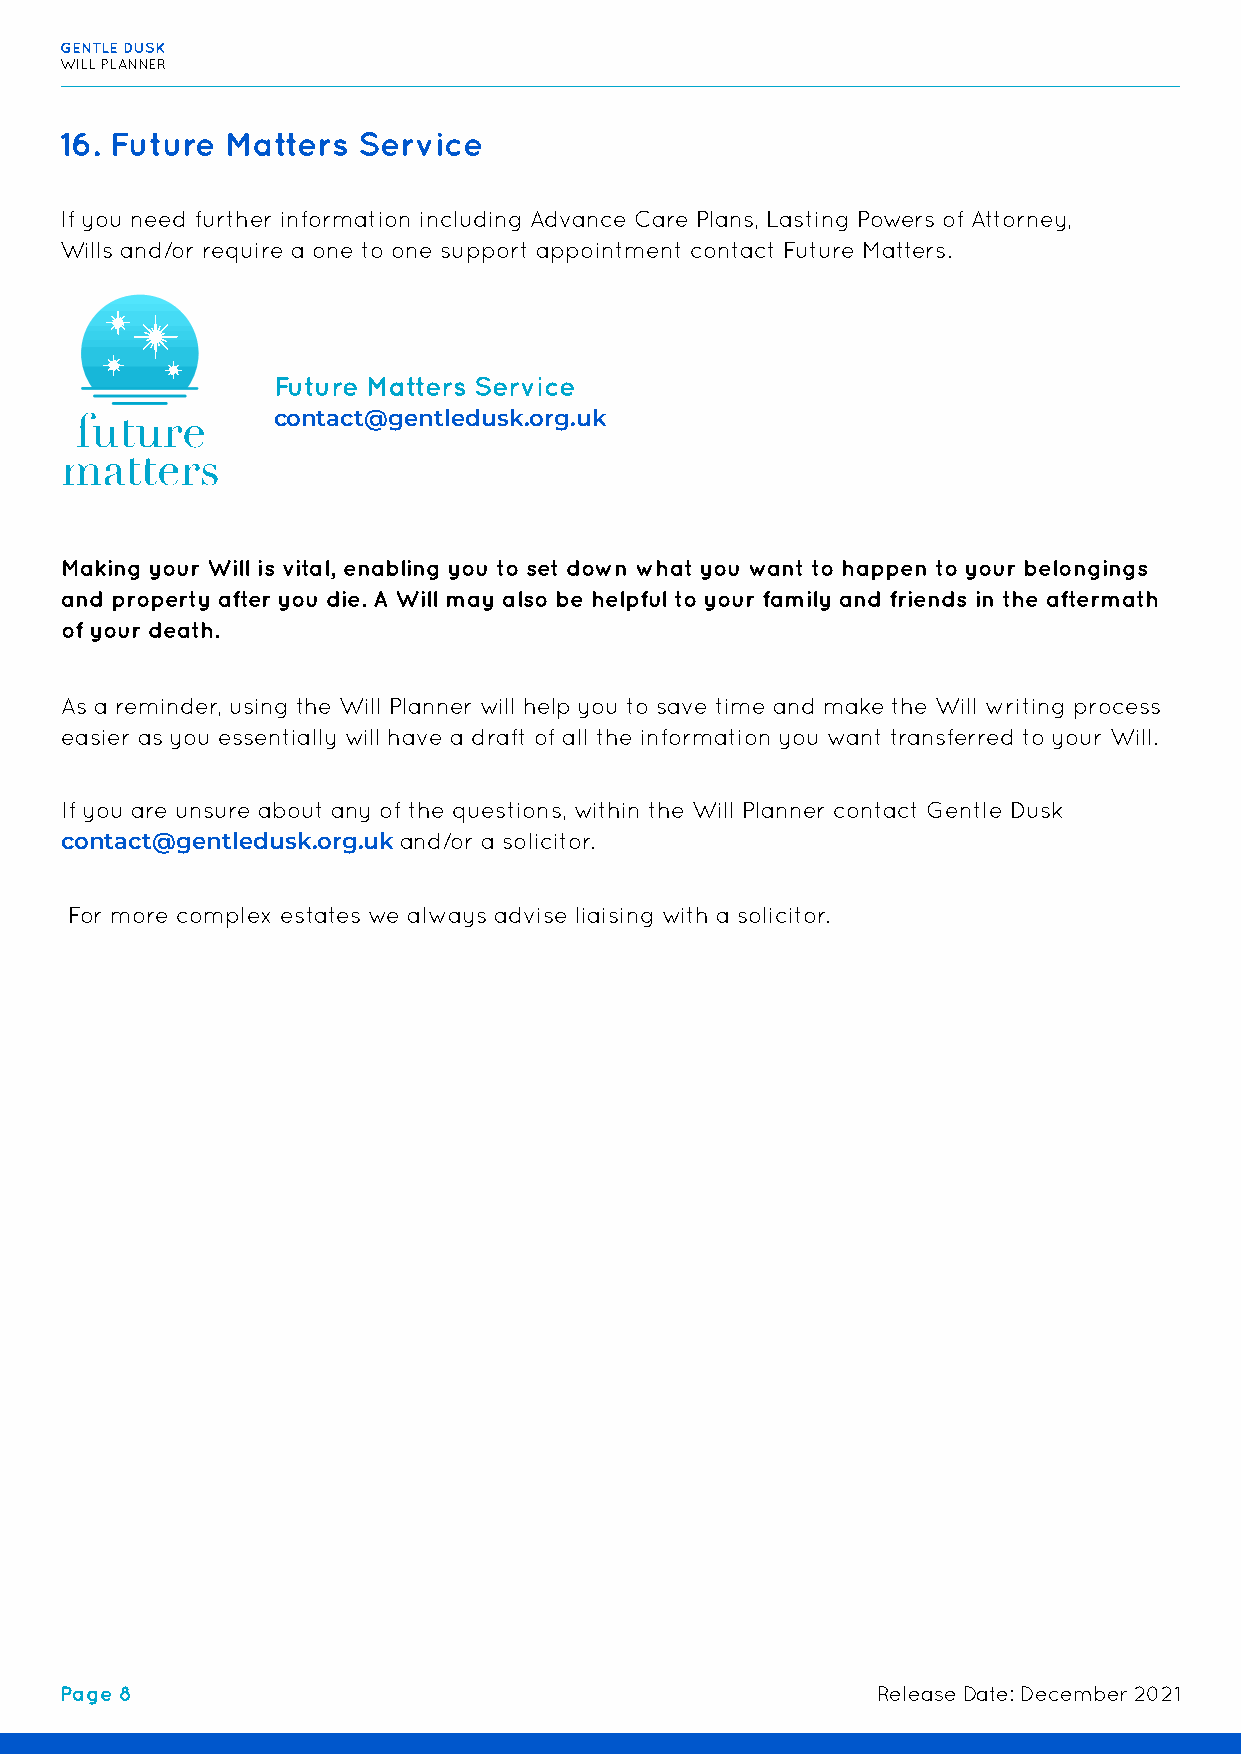
GENTLE DUSK
 WILL PLANNER
 16. Future Matters  Service
 If you need further information including Advance Care Plans, Lasting Powers of Attorney,
 Wills and/or require a one to one support appointment contact Future Matters.
 Future Matters Service
 contact@gentledusk.org.uk
 Making your Will is vital, enabling you to set down what you want to happen to your belongings
 and property after you die. A Will may also be helpful to your family and friends in the aftermath
 of your death.
 As a reminder, using the Will Planner will help you to save time and make the Will writing process
 easier as you essentially will have a draft of all the information you want transferred to your Will.
 If you are unsure about any of the questions, within the Will Planner contact Gentle Dusk
 contact@gentledusk.org.uk and/or a solicitor.
 For more complex estates we always advise liaising with a solicitor.
 Page 8                                                Release Date: December 2021